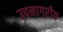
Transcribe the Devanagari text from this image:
उपनागरीय